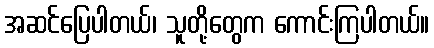
အဆင်ပြေပါတယ်၊ သူတို့တွေက ကောင်းကြပါတယ်။